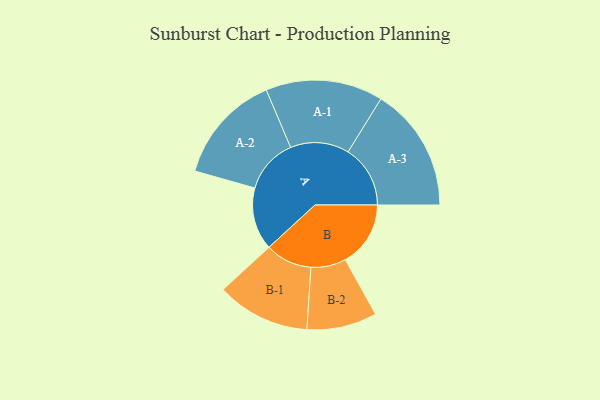
{"axis": {"x": "Segment", "y": "Value"}, "legend": ["", "A", "B"], "data": [{"x": "A", "y": 294, "type": ""}, {"x": "B", "y": 307, "type": ""}, {"x": "A-1", "y": 276, "type": "A"}, {"x": "A-2", "y": 258, "type": "A"}, {"x": "A-3", "y": 293, "type": "A"}, {"x": "B-1", "y": 220, "type": "B"}, {"x": "B-2", "y": 165, "type": "B"}]}